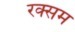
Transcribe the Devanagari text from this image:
रक्सम